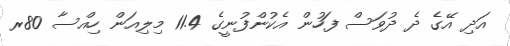
އަދި އޭގެ ދެ ދުވަސް ފަހުން އެކުންފުނީގެ 11.4 މިލިއަން ހިއްސާ 80ރ